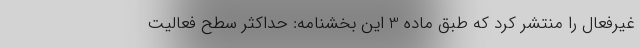
غیرفعال را منتشر کرد که طبق ماده 3 این بخشنامه: حداکثر سطح فعالیت